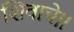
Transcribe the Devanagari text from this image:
शिवाचे।।